Annual report of the Punjab Veterinary College and of the Civil Veterinary Department, Punjab - 1926-1932
Year: 1926
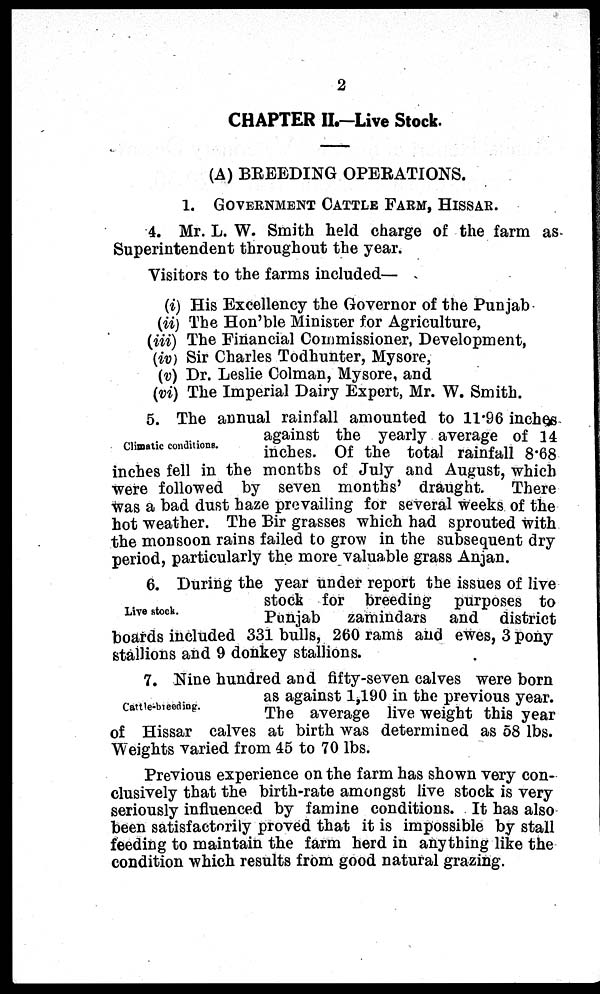
2
CHAPTER II.-Live Stock.
(A) BREEDING OPERATIONS.
1. GOVERNMENT CATTLE FARM, HISSAR.
4. Mr. L. W. Smith held charge of the farm as
Superintendent throughout the year.
Visitors to the farms included—
(i) His Excellency the Governor of the Punjab
(ii) The Hon'ble Minister for Agriculture,
(iii) The Financial Commissioner, Development,
(iv) Sir Charles Todhunter, Mysore,
(v) Dr. Leslie Colman, Mysore, and
(vi) The Imperial Dairy Expert, Mr. W. Smith.
Climatic conditions.
5. The annual rainfall amounted to 11.96 inches
against the yearly average of 14
inches. Of the total rainfall 8.68
inches fell in the months of July and August, which
were followed by seven months' draught.
There
was a bad dust haze prevailing for several weeks of the
hot weather. The Bir grasses which had sprouted with
the monsoon rains failed to grow in the subsequent dry
period, particularly the more valuable grass Anjan.
Live stock.
6. During the year under report the issues of live
stock for breeding purposes to
Punjab
zamindars and district
boards included 331 bulls, 260 rams and ewes, 3 pony
stallions and 9 donkey stallions.
Cattle-breeding.
7. Nine hundred and fifty-seven calves were born
as against 1,190 in the previous year.
The average live weight this year
of Hissar calves at birth was determined as 58 lbs.
Weights varied from 45 to 70 lbs.
Previous experience on the farm has shown very con-
clusively that the birth-rate amongst live stock is very
seriously influenced by famine conditions. It has also
been satisfactorily proved that it is impossible by stall
feeding to maintain the farm herd in anything like the
condition which results from good natural grazing.